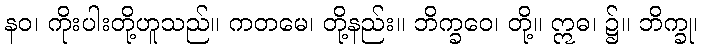
နဝ၊ ကိုးပါးတို့ဟူသည်။ ကတမေ၊ တို့နည်း။ ဘိက္ခဝေ၊ တို့။ ဣဓ၊ ၌။ ဘိက္ခု၊